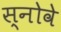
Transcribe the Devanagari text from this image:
स्नोवे